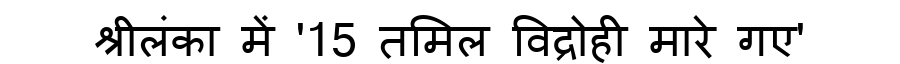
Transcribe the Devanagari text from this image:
श्रीलंका में '15 तमिल विद्रोही मारे गए'